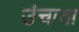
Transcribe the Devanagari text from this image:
उंचावा